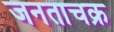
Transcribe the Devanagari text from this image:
जनताचक्र